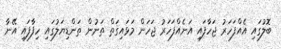
ބޮލުގައި އެއްފަހަރު ޖަހާފައި އަނެއްފަހަރު ޖަހަން މަޅައިގަތް ތަނުން ތަންޑިޔަލުގައި ހިފާފައި އޭނާ